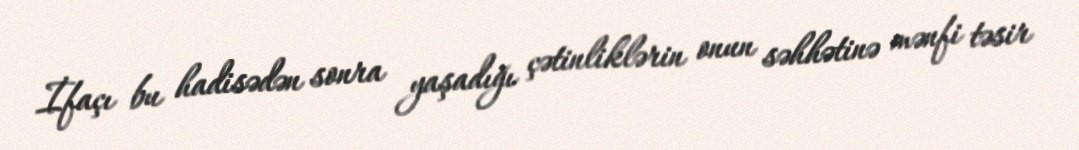
İfaçı bu hadisədən sonra yaşadığı çətinliklərin onun səhhətinə mənfi təsir